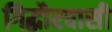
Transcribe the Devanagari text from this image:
गिद्धौरवासी